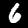
Digit: 6